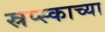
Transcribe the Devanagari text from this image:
स्रप्स्काच्या